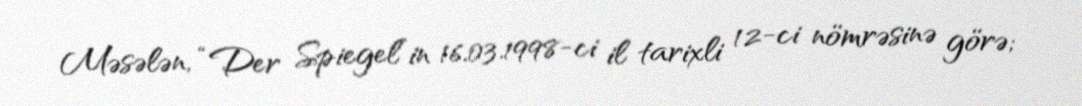
Məsələn, “Der Spiegel”in 16.03.1998-ci il tarixli 12-ci nömrəsinə görə;